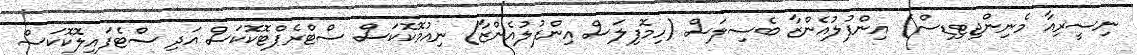
ނިސީރިއާ މެނިންޖިޓިޑިސް) އިންފުލުއެންޒާ ބެސިލަސް (ހިމޮފިލަސް އިންފުލުއެންޒާ) ނިއުމޮކޮކަސް ސްޓްރެޕްޓޮކޮކަސް އަދި ސްޓެފައިލޮކޮކަސް